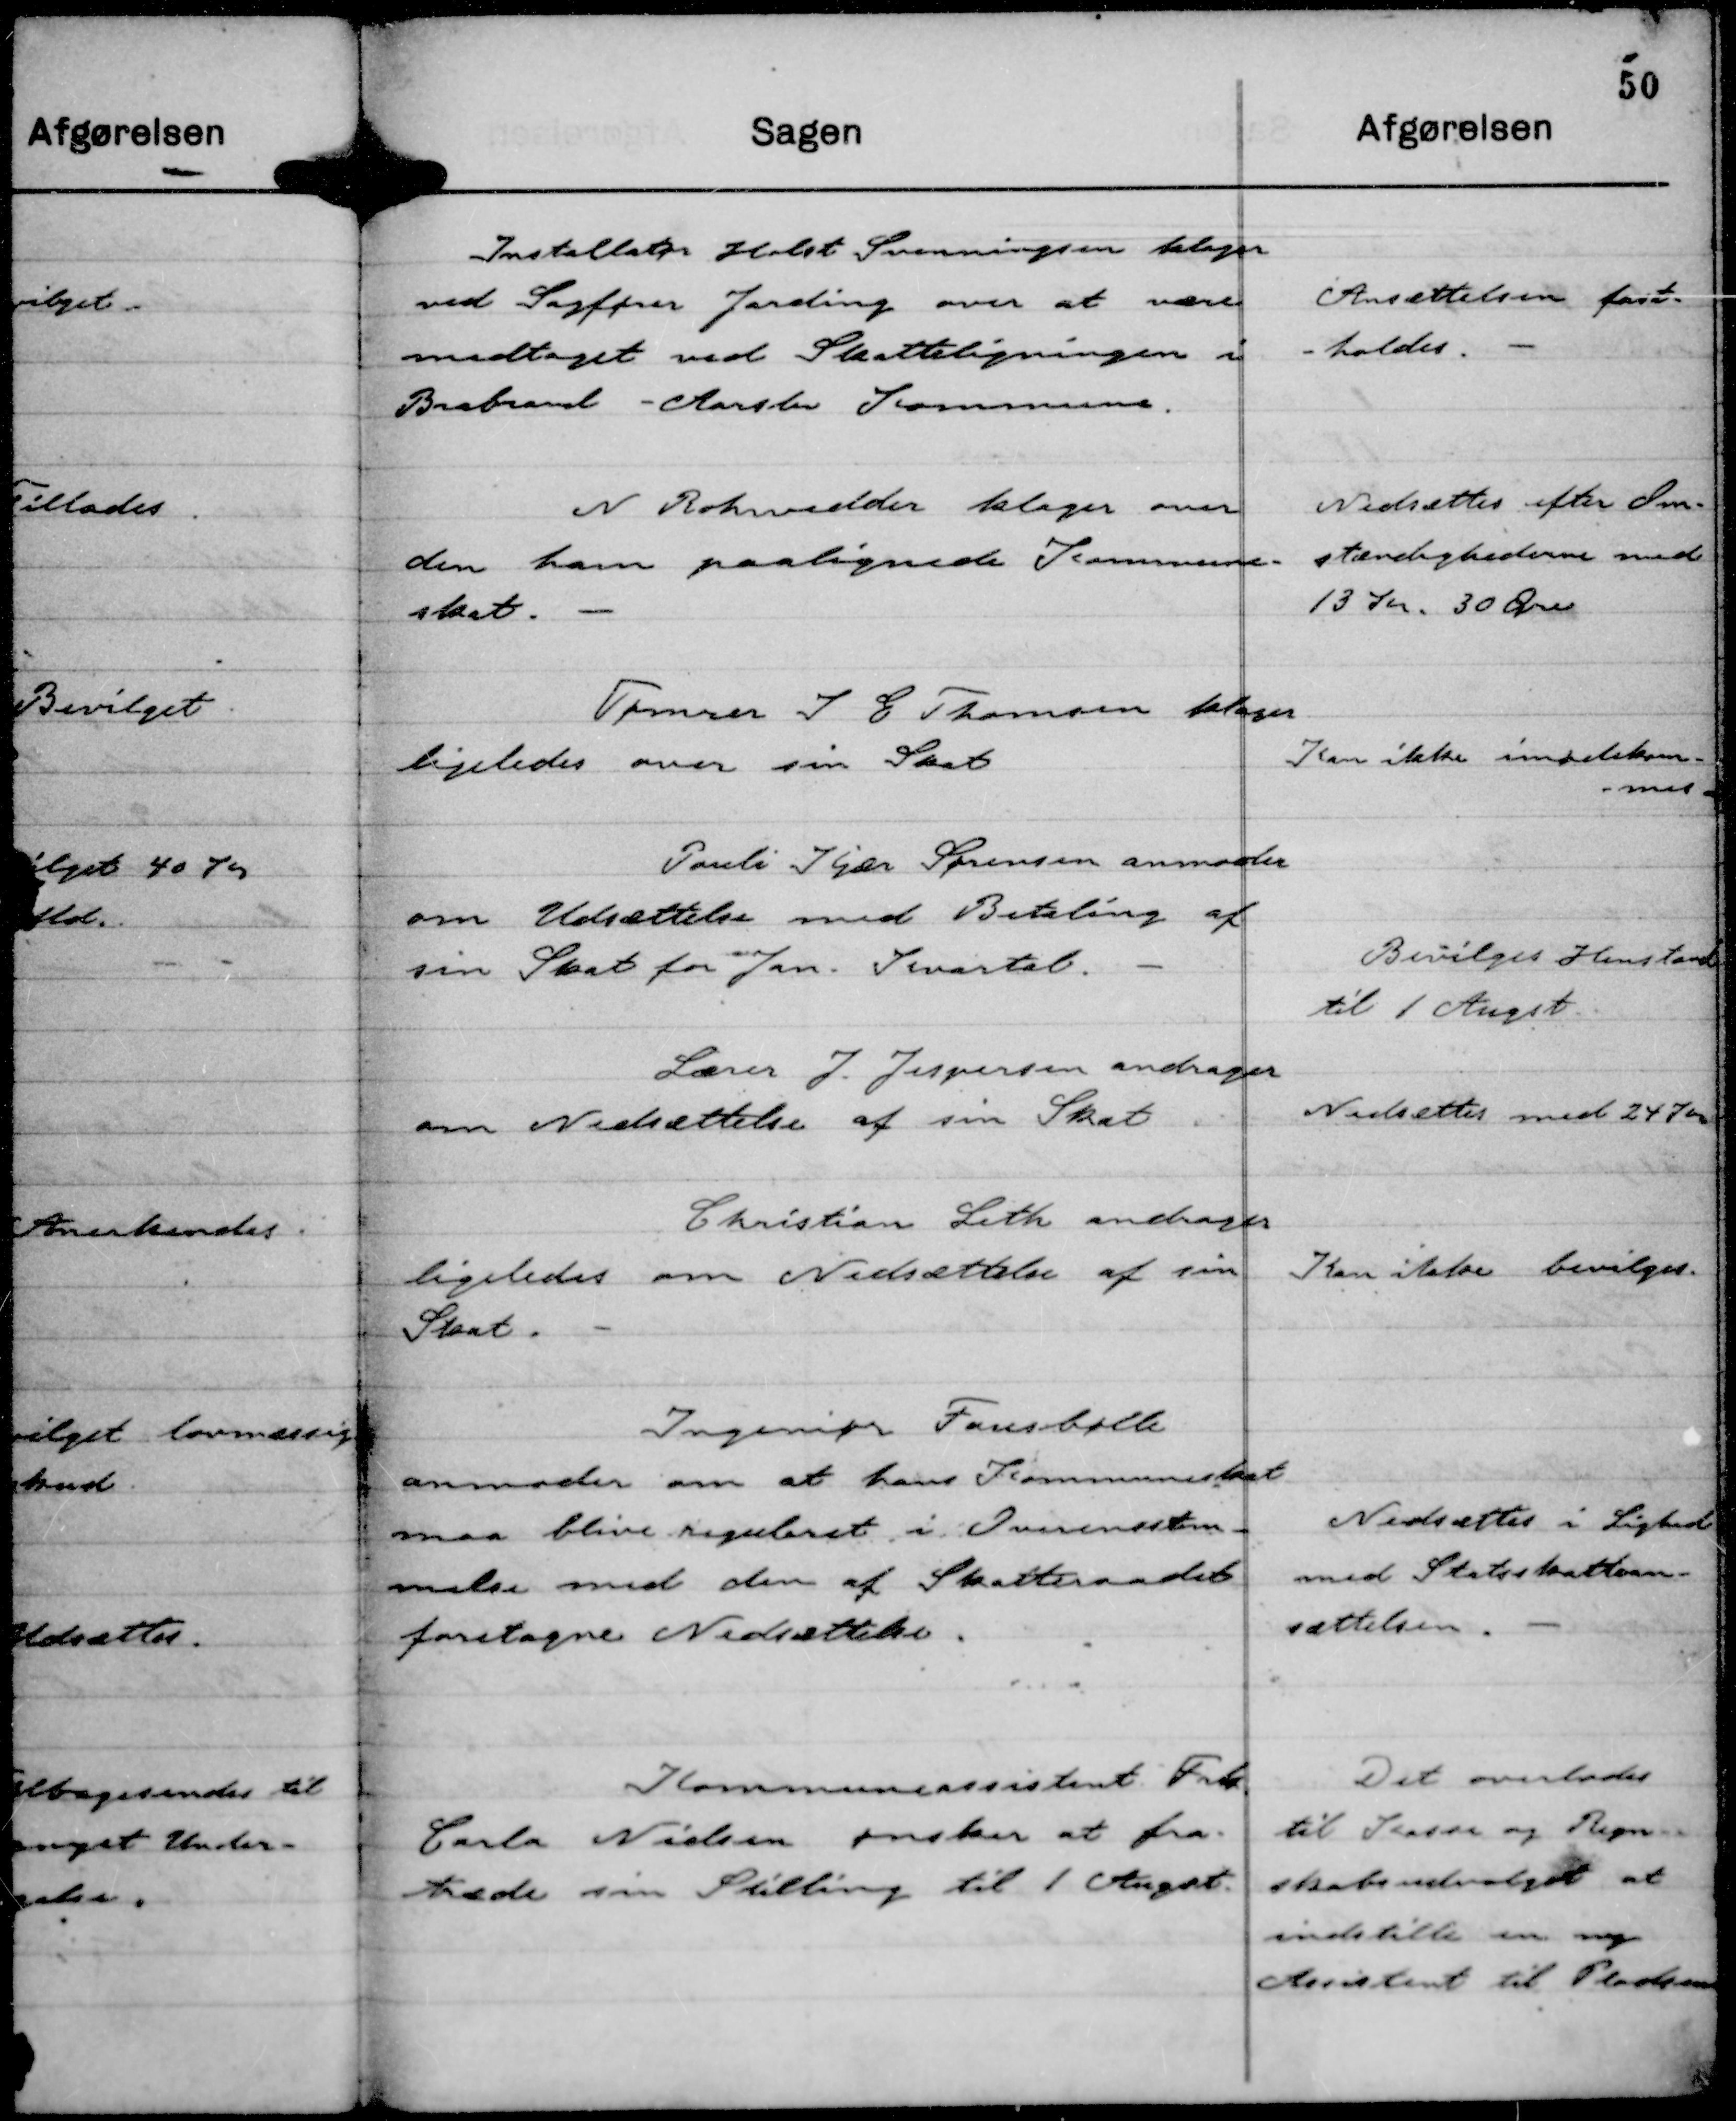
Transskription:
Installatør Holst Svenningsen klager
ved Sagfører Jarding over at være
medtaget ved Skatteligningen i
Brabrand -Aarslev Kommune.

Ansættelsen fast-
-holdes.

N Rohwedder klager over
den ham paalignede Kommune-
skat.

Nedsættes efter Om-
stændighederne med
13 Kr. 30 Øre

Tømrer J E Thomsen klager
ligeledes over sin Skat

Kan ikke imødekom-
-mes.

Pouli Kjær Sørensen anmoder
om Udsættelse med Betaling af
sin Skat for Jan. Kvartal.

Bevilges Henstand
til 1 Augst

Lærer J Jespersen andrager
om Nedsættelse af sin Skat

Nedsættes med 24 Kr

Christian Leth andrager
ligeledes om Nedsættelse af sin
Skat.

Kan ikke bevilges.

Ingeniør Fausbølle
anmoder om at hans Kommuneskat
maa blive reguleret i Overensstem-
melse med den af Skatteraadet
foretagne Nedsættelse.

Nedsættes i Lighed
med Statsskattean-
sættelsen.

Kommuneassistent Frk.
Carla Nielsen ønsker at fra-
træde sin Stilling til 1 August.

Det overlodes
til Kasse og Regn-
skabsudvalget at
indstille en ny
Assistent til Pladsen